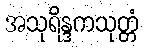
အသုရိန္ဒကသုတ္တံ